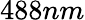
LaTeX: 488nm